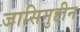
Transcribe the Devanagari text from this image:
जासिमुद्दीन